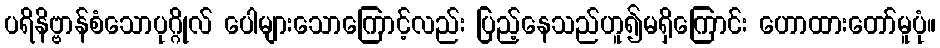
ပရိနိဗ္ဗာန်စံသောပုဂ္ဂိုလ် ပေါများသောကြောင့်လည်း ပြည့်နေသည်ဟူ၍မရှိကြောင်း ဟောထားတော်မူပုံ။